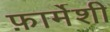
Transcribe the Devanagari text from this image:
फ़ार्मेशी